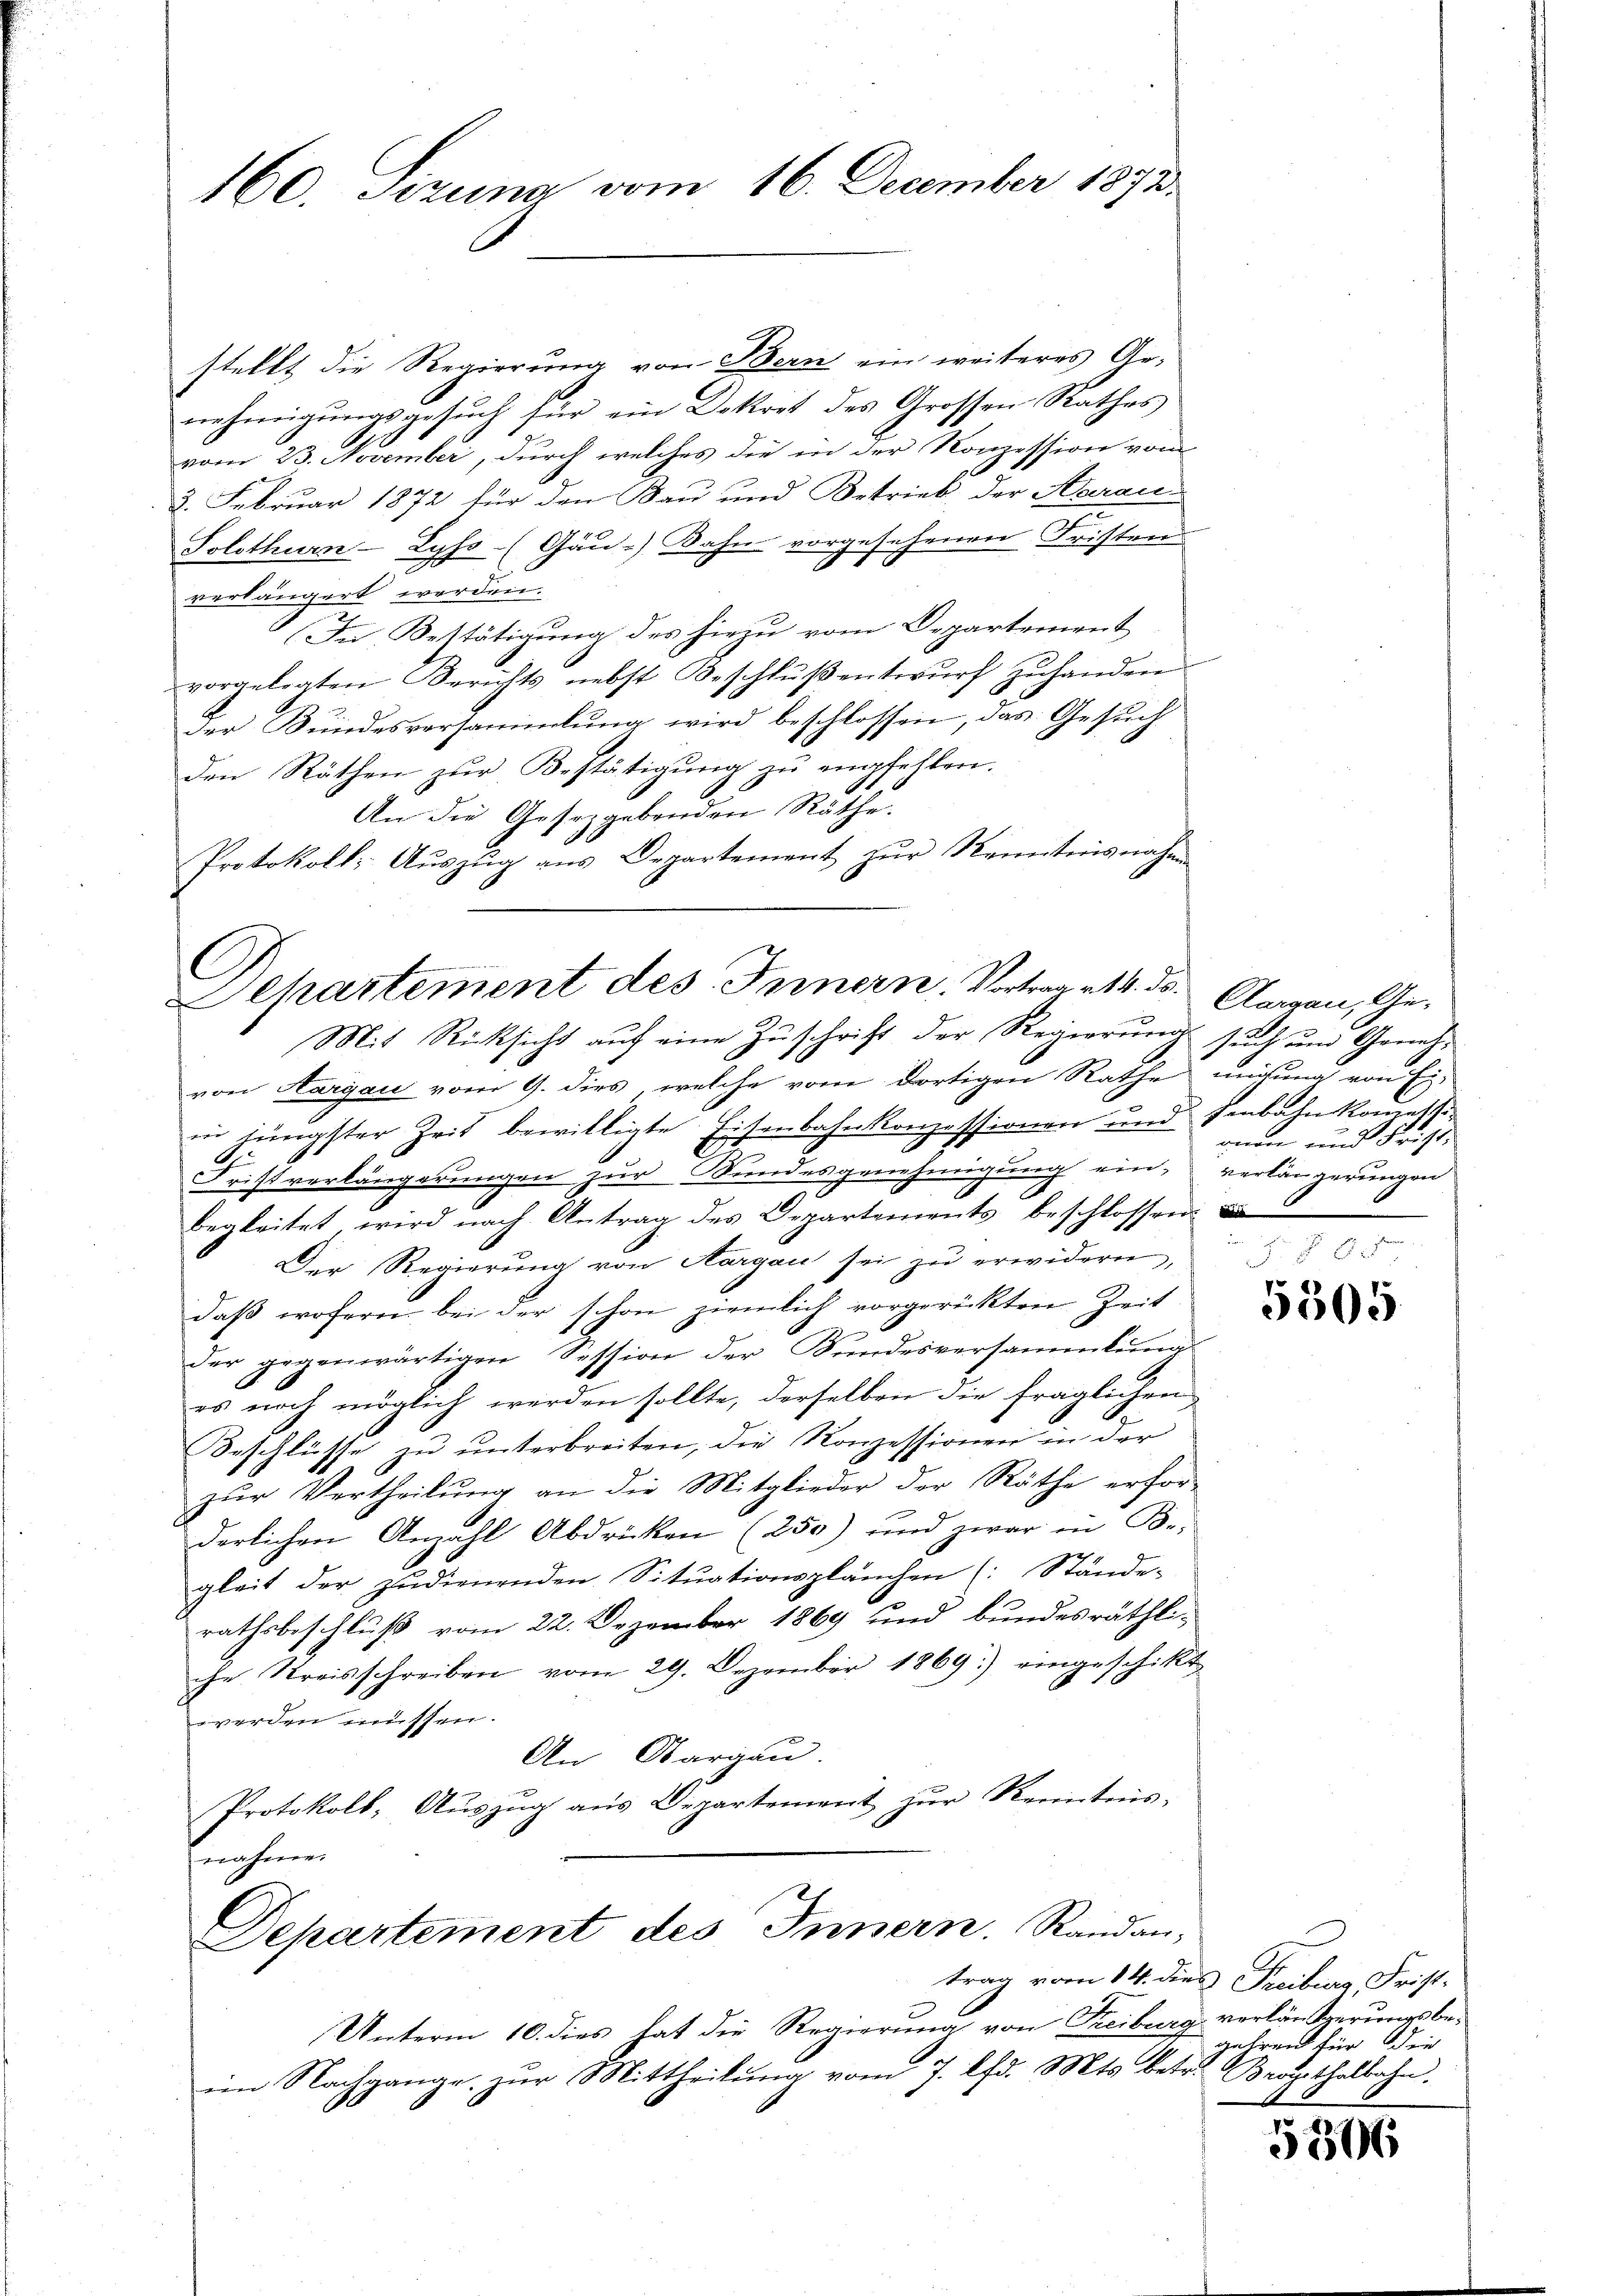
160. Sizung vom 16. December 1873.

stellt die Regierung von Bern ein weiteres Genehmigungsgesuch für ein Dekret des Grossen Rathes
vom 23. November, durch welches die in der Konzession vom
3. Februar 1872 für den Bau und Betrieb, der Harau
Solothurn-Lyss. (Gäu-Dahn vorgesehenen Fristen
g
verlängert werden.
In Bestätigung des hiezu vom Departement
vorgelegten Berichts nebst Beschlŭβentwŭrf zŭhanden
der Bŭndesversammlung wird beschlossen, das Gesŭch
den Räthen zŭr Bestätigung zŭ empfehlen.
An die Gesetzgebenden Räthe.
Protokoll: Aŭszŭg ans Departement zŭr Kenntnisnahme

C
Departement des Innern, Vortrages 4. ds. Aargau, Ge¬
Mit Rücksicht auf eine Zuschrift der Regierung such um Geneh¬

von Aargau vom 9. dies, welche vom dortigen Rathe ungung von Ei-
in jüngster Zeit bewilligte Eisenbahnkonzessionen und Jenbahnkommette
Fristverlängerungen zur Bundesgenehmigung ein, verlängerungen
begleitet wird nach Antrag des Departements beschlossen:
Der Regierung von Aargau sei zu erwidern,
daß wofern bei der schon ziemlich vorgerickten Zeit
der gegenwärtigen Session der Bundesversammlung
es noch möglich werden sollte, derselben die fraglichen
Beschlüsse zu unterbreiten, die Konzessionen in der
zur Vertheilung an die Mitglieder der Räthe erfor-
derlichen Anzahl Abdrücken (250) und zwar in Be-
gleit der zudienenden Situationsplänchen (Stände-
rathsbeschluß vom 22. Dezember 1869 und bundesräthliche Kreisschreiben vom 29. Dezember 1869.) eingeschikt
werden müssen.
An Aargau.
Protokoll, Auszug aus Departement zur Kenntnis-
nahme.
Departement des Innern. Randan,
trag vom 14. dies Freiburg, Frist.
Unterm 10. dies hat die Regierung von Freiburg verlängerungsbeim Nachgange, zŭr Mittheilŭng vom 7. lfd. Mts. betr. Brupthalbahn.

onen und Frist,

5305

gehren für die

5506